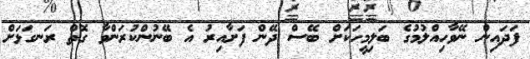
ފަދައިން ނޭވާހިއްލުމުގެ ބަލިމީހަކަށް ބޭސް ދޭން ފަށާއިރު އެ ބޭނުންކުރަންވާ ގޮތް ރަނގަޅަށް